Report of the Indian Hemp Drugs Commission, 1894-1895 - Volume III
Year: 1894
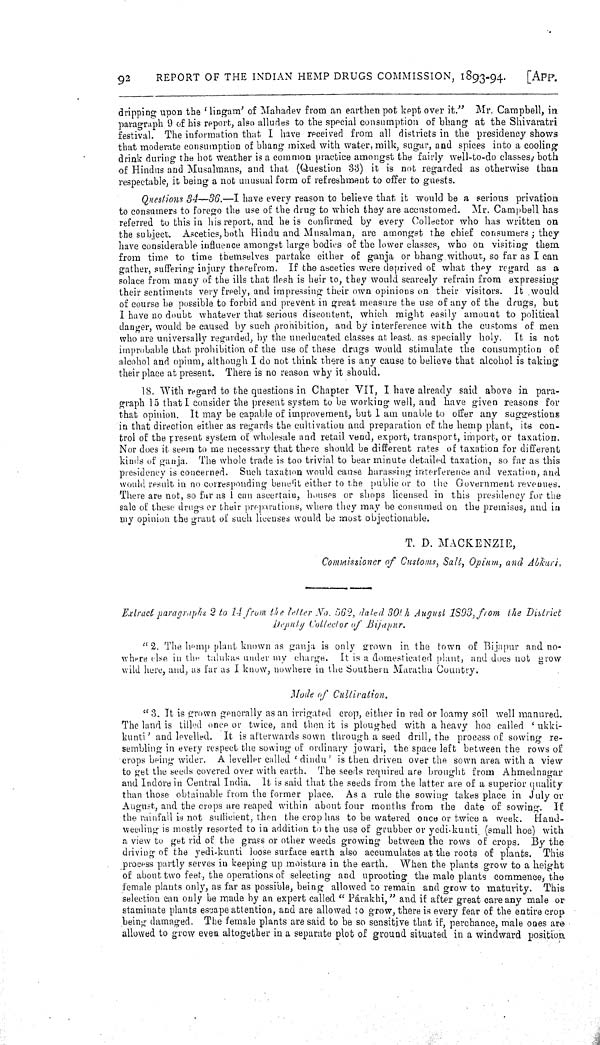
92
REPORT OF THE INDIAN HEMP DRUGS COMMISSION, 1893-94.
[APP.
dripping upon the 'lingam' of Mahadev from an earthen pot kept over it." Mr. Campbell, in
paragraph 9 of his report, also alludes to the special consumption of bhang at the Shivaratri
festival. The information that I have received from all districts in the presidency shows
that moderate consumption of bhang mixed with water, milk, sugar, and spices into a cooling
drink during the hot weather is a common practice amongst the fairly well-to-do classes, both
of Hindus and Musalmans, and that (Question 33) it is not regarded as otherwise than
respectable, it being a not unusual form of refreshment to offer to guests.
Questions 34—36.—I have every reason to believe that it would be a serious privation
to consumers to forego the use of the drug to which they are accustomed. Mr. Campbell has
referred to this in his report, and he is confirmed by every Collector who has written on
the subject. Ascetics, both Hindu and Musalman, are amongst the chief consumers; they
have considerable influence amongst large bodies of the lower classes, who on visiting them
from time to time themselves partake either of ganja or bhang without, so far as I can
gather, suffering injury therefrom. If the ascetics were deprived of what they regard as a
solace from many of the ills that flesh is heir to, they would scarcely refrain from expressing
their sentiments very freely, and impressing their own opinions on their visitors. It would
of course be possible to forbid and prevent in great measure the use of any of the drugs, but
I have no doubt whatever that serious discontent, which might easily amount to political
danger, would be caused by such prohibition, and by interference with the customs of men
who are universally regarded, by the uneducated classes at least as specially holy. It is not
improbable that prohibition of the use of these drugs would stimulate the consumption of
alcohol and opium, although I do not think there is any cause to believe that alcohol is taking
their place at present. There is no reason why it should.
18. With regard to the questions in Chapter VII, I have already said above in para-
graph 15 that I consider the present system to be working well, and have given reasons for
that opinion. It may be capable of improvement, but I am unable to offer any suggestions
in that direction either as regards the cultivation and preparation of the hemp plant, its con-
trol of the present system of wholesale and retail vend, export, transport, import, or taxation.
Nor does it seem to me necessary that there should be different rates of taxation for different
kinds of ganja. The whole trade is too trivial to bear minute detailed taxation, so far as this
presidency is concerned. Such taxation would cause harassing interference and vexation, and
would result in no corresponding benefit either to the public or to the Government revenues.
There are not, so far as I can ascertain, houses or shops licensed in this presidency for the
sale of these drugs or their preparations, where they may be consumed on the premises, and in
my opinion the grant of such licenses would be most objectionable.
T. D. MACKENZIE,
Commissioner of Customs, Salt, Opium, and Abk
Extract paragraphs 2 to 14 from the letter No. 562, dated 30th August 1893, from the
Deputy Collector of Bijapur.
"2. The hemp plant known as ganja is only grown in the town of Bijapur and no-
where else in the talukas under my charge. It is a domesticated plant, and does not grow
wild here, and, as far as I know, nowhere in the Southern Maratha Country.
Mode of Cultivation.
"3. It is grown generally as an irrigated crop, either in red or loamy soil well manured.
The land is tilled once or twice, and then it is ploughed with a heavy hoe called ' ukki-
kunti' and levelled. It is afterwards sown through a seed drill, the process of sowing re-
sembling in every respect the sowing of ordinary jowari, the space left between the rows of
crops being wider. A leveller called ' dindu' is then driven over the sown area with a view
to get the seeds covered over with earth. The seeds required are brought from Ahmednagar
and Indore in Central India. It is said that the seeds from the latter are of a superior quality
than those obtainable from the former place. As a rule the sowing takes place in July or
August, and the crops are reaped within about four months from the date of sowing. If
the rainfall is not sufficient, then the crop has to be watered once or twice a week. Hand-
weeding is mostly resorted to in addition to the use of grubber or yedi-kunti. (small hoe) with
a view to get rid of the grass or other weeds growing between the rows of crops. By the
driving of the yedi-kunti loose surface earth also accumulates at the roots of plants. This
process partly serves in keeping up moisture in the earth. When the plants grow to a height
of about two feet, the operations of selecting and uprooting the male plants commence, the
female plants only, as far as possible, being allowed to remain and grow to maturity. This
selection can only be made by an expert called "Párakhi," and if after great care any male or
staminate plants escape attention, and are allowed to grow, there is every fear of the entire crop
being damaged. The female plants are said to be so sensitive that if, perchance, male ones are
allowed to grow even altogether in a separate plot of ground situated in a windward position